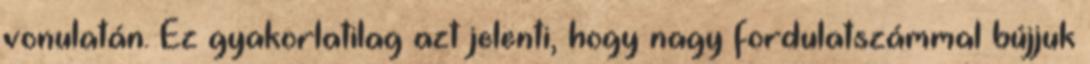
vonulatán. Ez gyakorlatilag azt jelenti, hogy nagy fordulatszámmal bújjuk